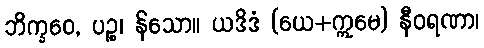
ဘိက္ခဝေ, ပဉ္စ၊ န်သော။ ယဒိဒံ (ယေ+ဣမေ) နီဝရဏာ၊